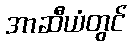
အာဆီယံတွင်